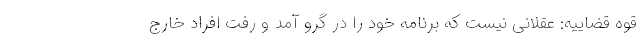
قوه قضاییه: عقلانی نیست که برنامه خود را در گرو آمد و رفت افراد خارج